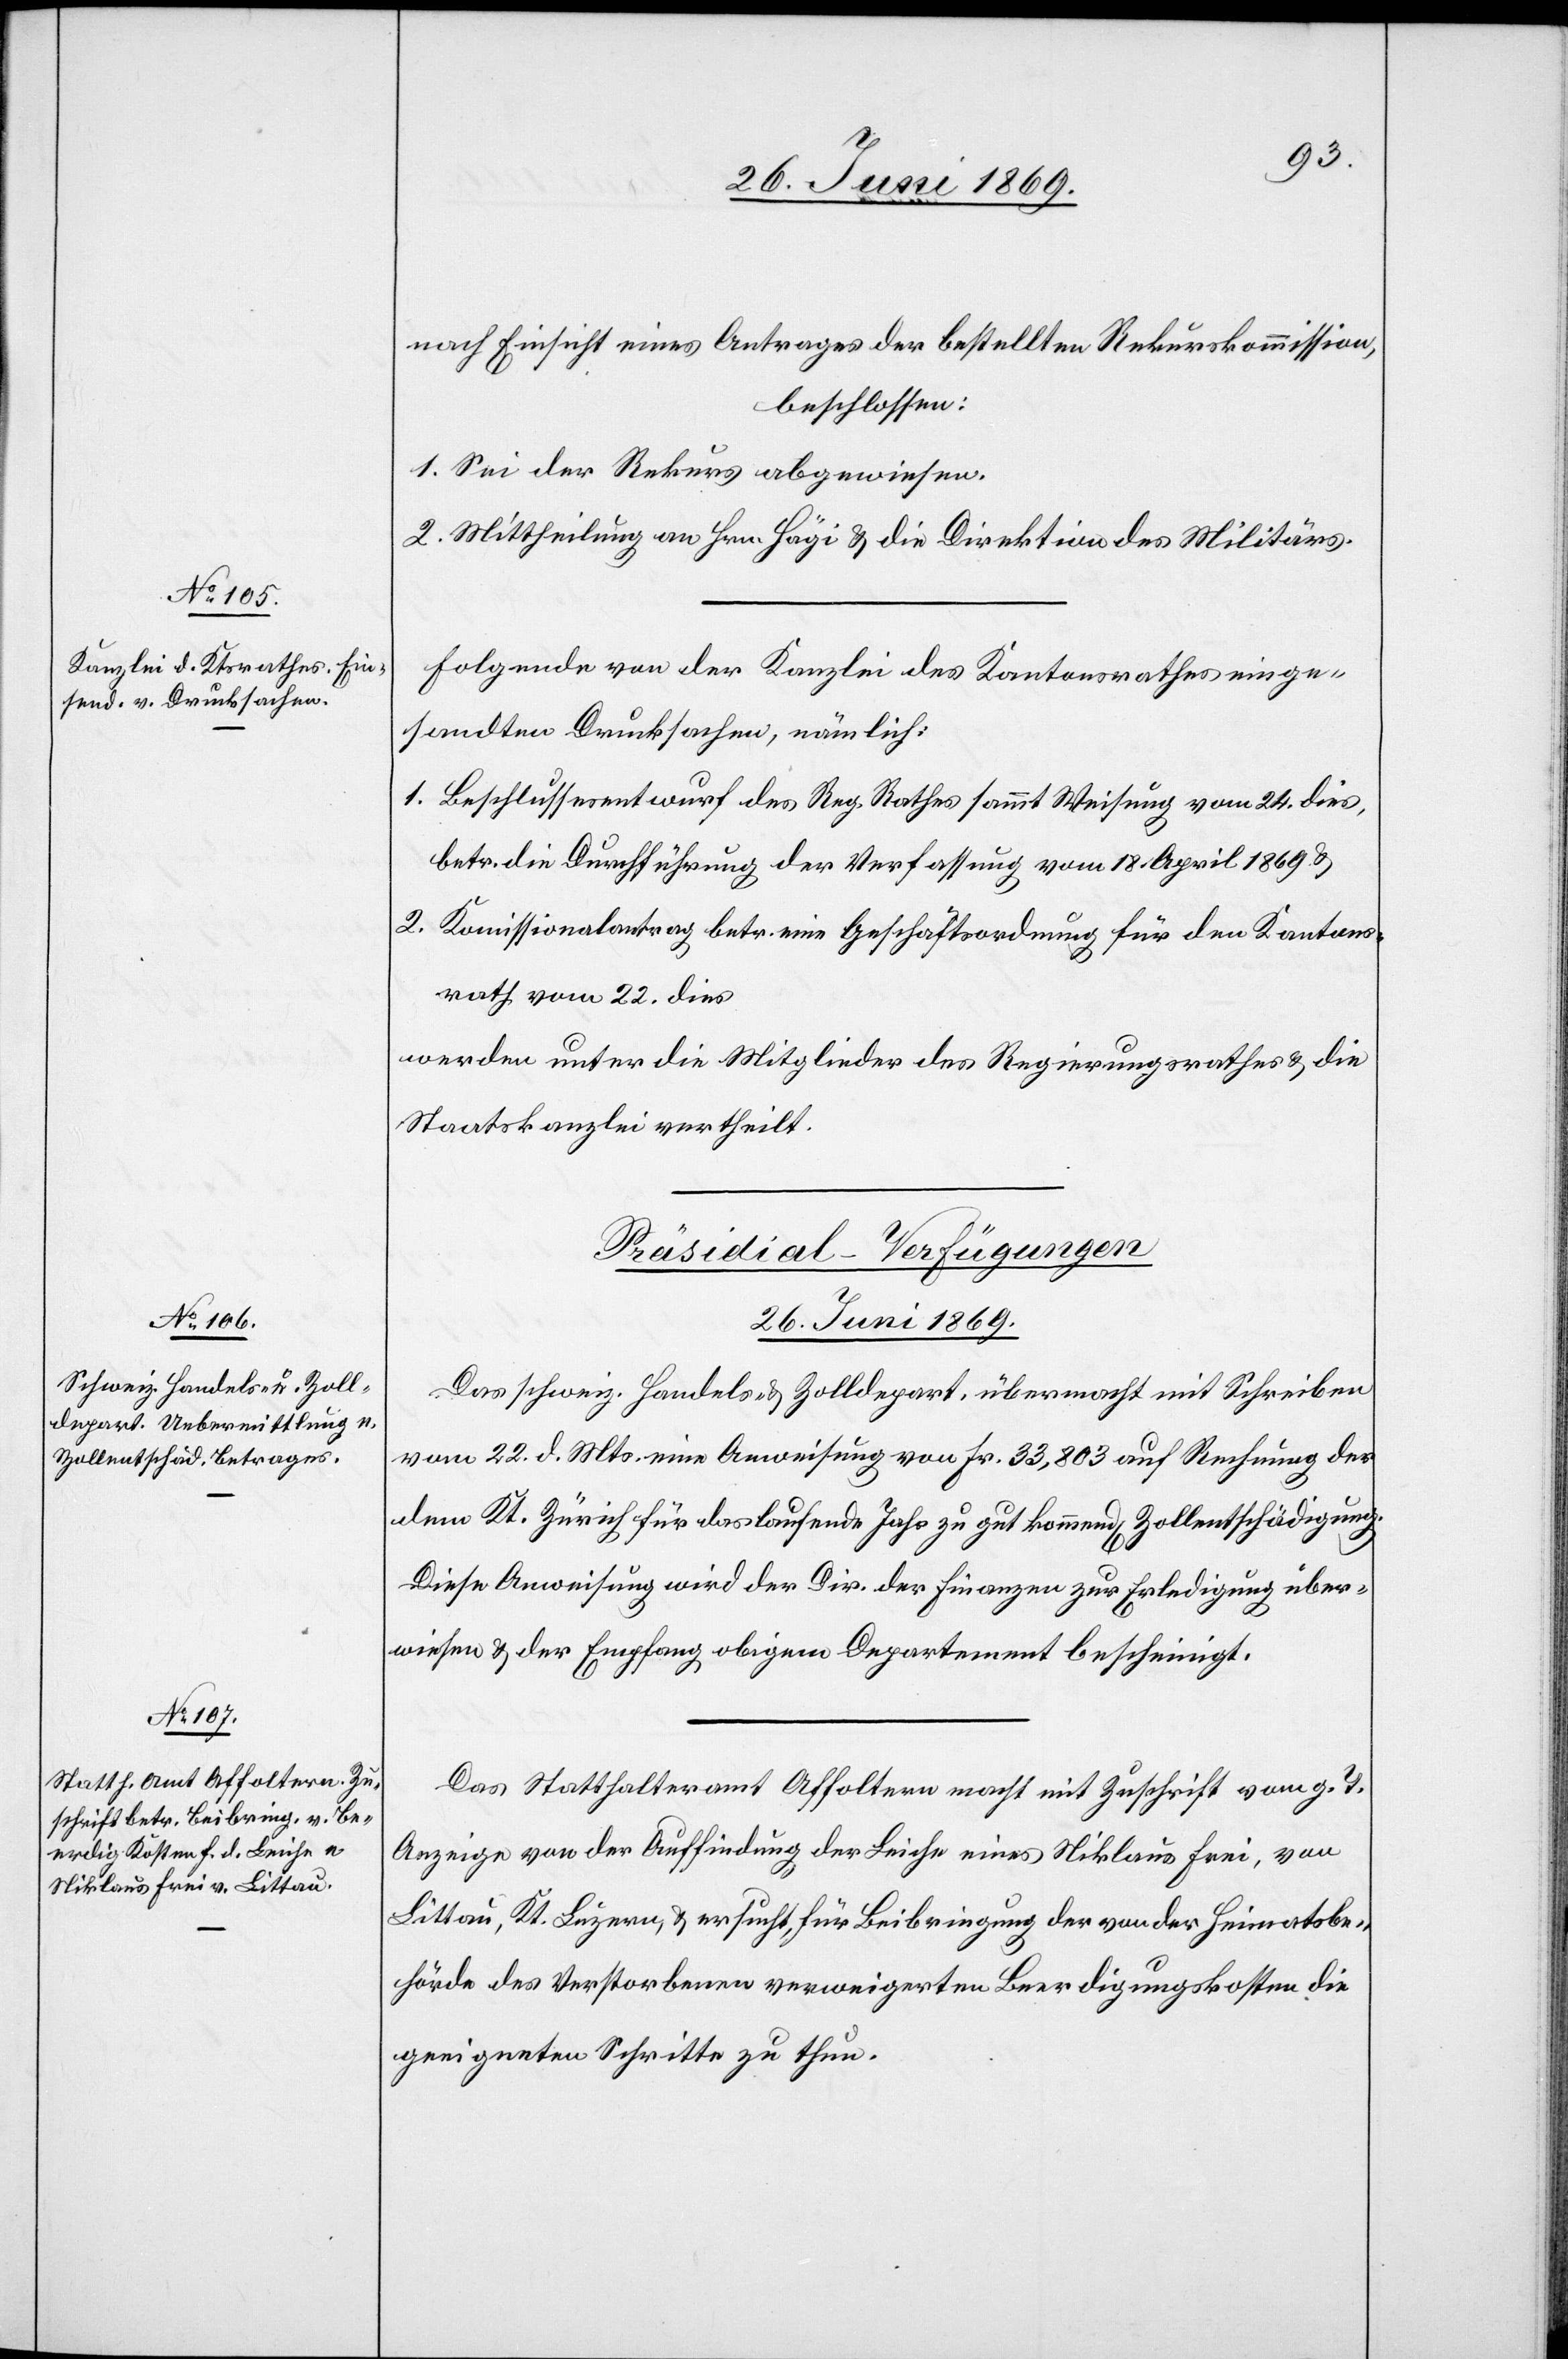
nach Einsicht eines Antrages der bestellten Rekurskommission,
beschlossen:
1. Sei der Rekurs abgewiesen.
2. Mittheilung an Hrn. Hägi u. die Direktion des Militärs.
Folgende von der Kanzlei des Kantonsrathes einge¬
sandten Drucksachen, nämlich:
1. Beschlussesentwurf des Reg. Rathes sammt Weisung vom 24 dies,
betr. die Durchführung der Verfassung vom 18 April 1869 u.
2. Kommissionalantrag betr. eine Geschäftsordnung für den Kantons¬
rath vom 22 dies,
werden unter die Mitglieder des Regierungsrathes u. die
Staatskanzlei vertheilt.
[Präsidial-Verfügungen
26. Juni 1869.]
Das schweiz. Handels- u. Zolldepart. übermacht mit Schreiben
vom 22. d. Mts. eine Anweisung von Fr. 33,803 auf Rechnung des
dem Kt. Zürich für das laufende Jahr zu gut kommend[e] Zollentschädigung.
Diese Anweisung wird der Dir. d. Finanzen zur Erledigung über¬
wiesen u. der Empfang obigem Departement bescheinigt.
Das Statthalteramt Affoltern macht mit Zuschrift vom g. T.
Anzeige von der Auffindung der Leiche eines Niklaus Frei, von
Littau, Kt. Luzern, u. ersucht, für Beibringung der von der Heimatsbe¬
hörde des Verstorbenen verweigerten Beerdigungskosten die
geeigneten Schritte zu thun.